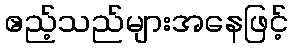
ဧည့်သည်များအနေဖြင့်